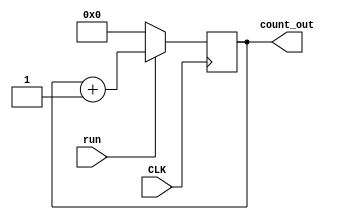
// Source template for a simple 7-bit binary counter with
// enable and synchronous reset.

module count_7(run, CLK, count_out);

  output reg [6:0] count_out;
  input run, CLK;

initial begin 
count_out = 0; 
end

  always @(posedge CLK) begin
		if(run == 1'b0) begin // Reset Condition
			count_out = 0; 
		end     

		else if (run == 1'b1) begin // Run Condition
			count_out = count_out + 1'b1; 
		end

		else begin
			count_out = count_out; 
		end
end
  
endmodule